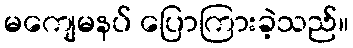
မကျေမနပ် ပြောကြားခဲ့သည်။